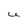
Character: U